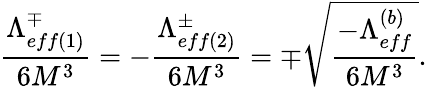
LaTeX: \frac{\Lambda_{eff(1)}^{\mp}}{6M^{3}}=-\frac{\Lambda_{eff(2)}^{\pm}}{6M^{3}}=\mp\sqrt{\frac{-\Lambda_{eff}^{(b)}}{6M^{3}}}.